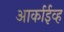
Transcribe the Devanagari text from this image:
आर्काईव्ह